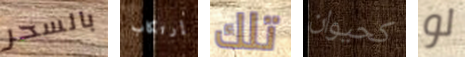
بالسحر إرتكاب تلك كحيوان لو